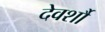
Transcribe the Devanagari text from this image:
देवर्शौ